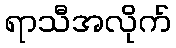
ရာသီအလိုက်